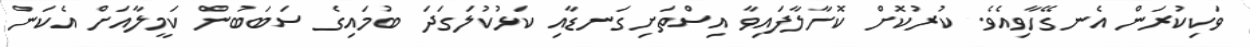
ވަކިކުރަން އެނގޭހާވިއެވެ. ކުރުކޮށް ކޮށާލާފައިވާ އިސްތަށިގަނޑާއި ކަޅުކުލަގަދަ ބުމައިގެ ސަބަބުން ކަމީލާއަށް އެކަން